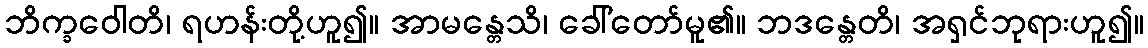
ဘိက္ခဝေါတိ၊ ရဟန်းတို့ဟူ၍။ အာမန္တေသိ၊ ခေါ်တော်မူ၏။ ဘဒန္တေတိ၊ အရှင်ဘုရားဟူ၍။